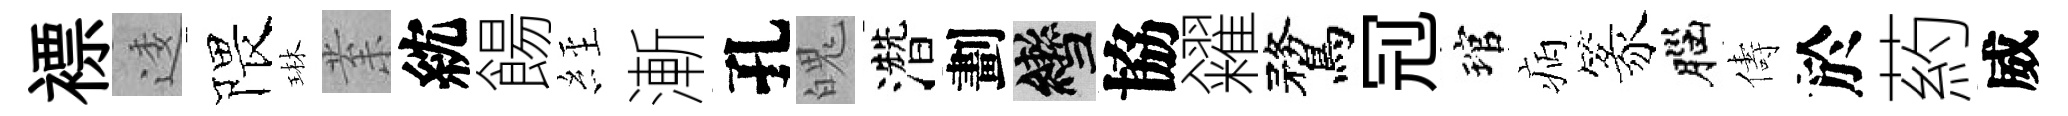
褾逶隈琳𭪙紞餳𦀇漸孔魄濳劃轡協糴鶩𠜍琯病篆腦儔於葯威